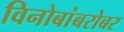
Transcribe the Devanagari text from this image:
विनोबांबरोबर